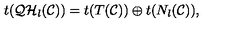
t ( { \cal Q H } _ { l } ( { \cal C } ) ) = t ( T ( { \cal C } ) ) \oplus t ( N _ { l } ( { \cal C } ) ) ,